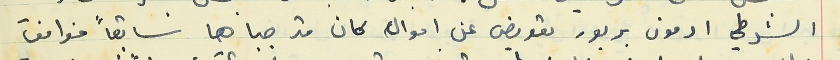
الشرطي ادمون بربور تعويض عن اموال كان قد جباها سابقاً فوافق